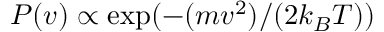
P ( v ) \propto \exp ( - ( m v ^ { 2 } ) / ( 2 k _ { B } T ) )